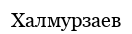
Халмурзаев